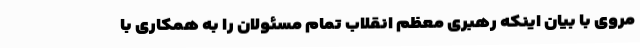
مروی با بیان اینکه رهبری معظم انقلاب تمام مسئولان را به همکاری با